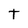
Character: t